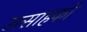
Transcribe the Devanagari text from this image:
उत्साहकों